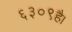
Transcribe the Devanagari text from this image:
६३०९है।